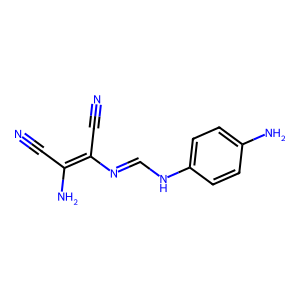
SMILES: N#CC(N)=C(C#N)N=CNc1ccc(N)cc1
Inhibits HIV replication: No